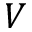
V